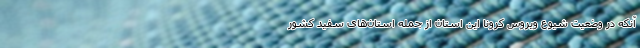
آنکه در وضعیت شیوع ویروس کرونا این استان از جمله استان‌های سفید کشور